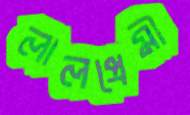
লালপ্রেমী